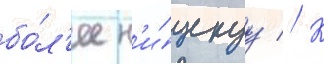
бо́л'ее н'и́зкуу // К